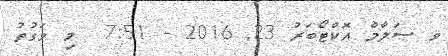
ވ ސަލާމް އޮކްޓޯބަރު 23